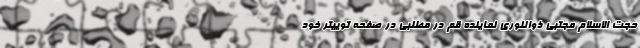
حجت الاسلام مجتبی ذوالنوری نماینده قم در مطلبی در صفحه توییتر خود